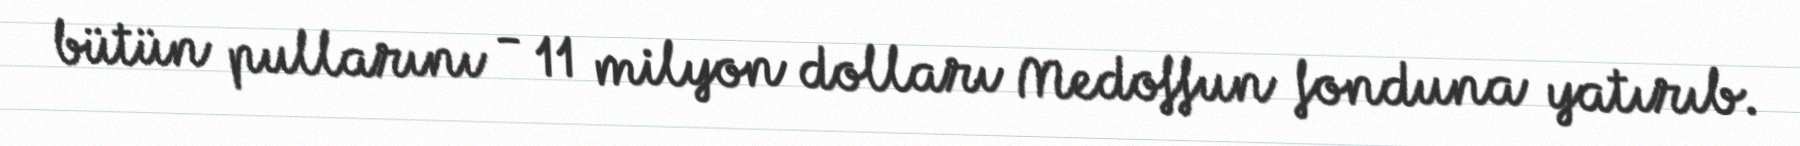
bütün pullarını - 11 milyon dolları Medoffun fonduna yatırıb.